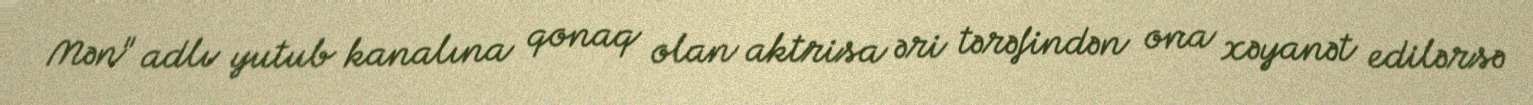
Mən" adlı yutub kanalına qonaq olan aktrisa əri tərəfindən ona xəyanət edilərsə